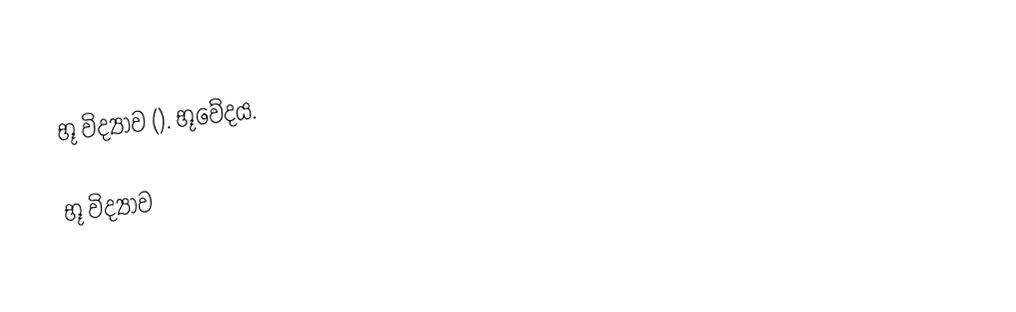
භූ විද්‍යාව (). භූවේදය.

භූ විද්‍යාව